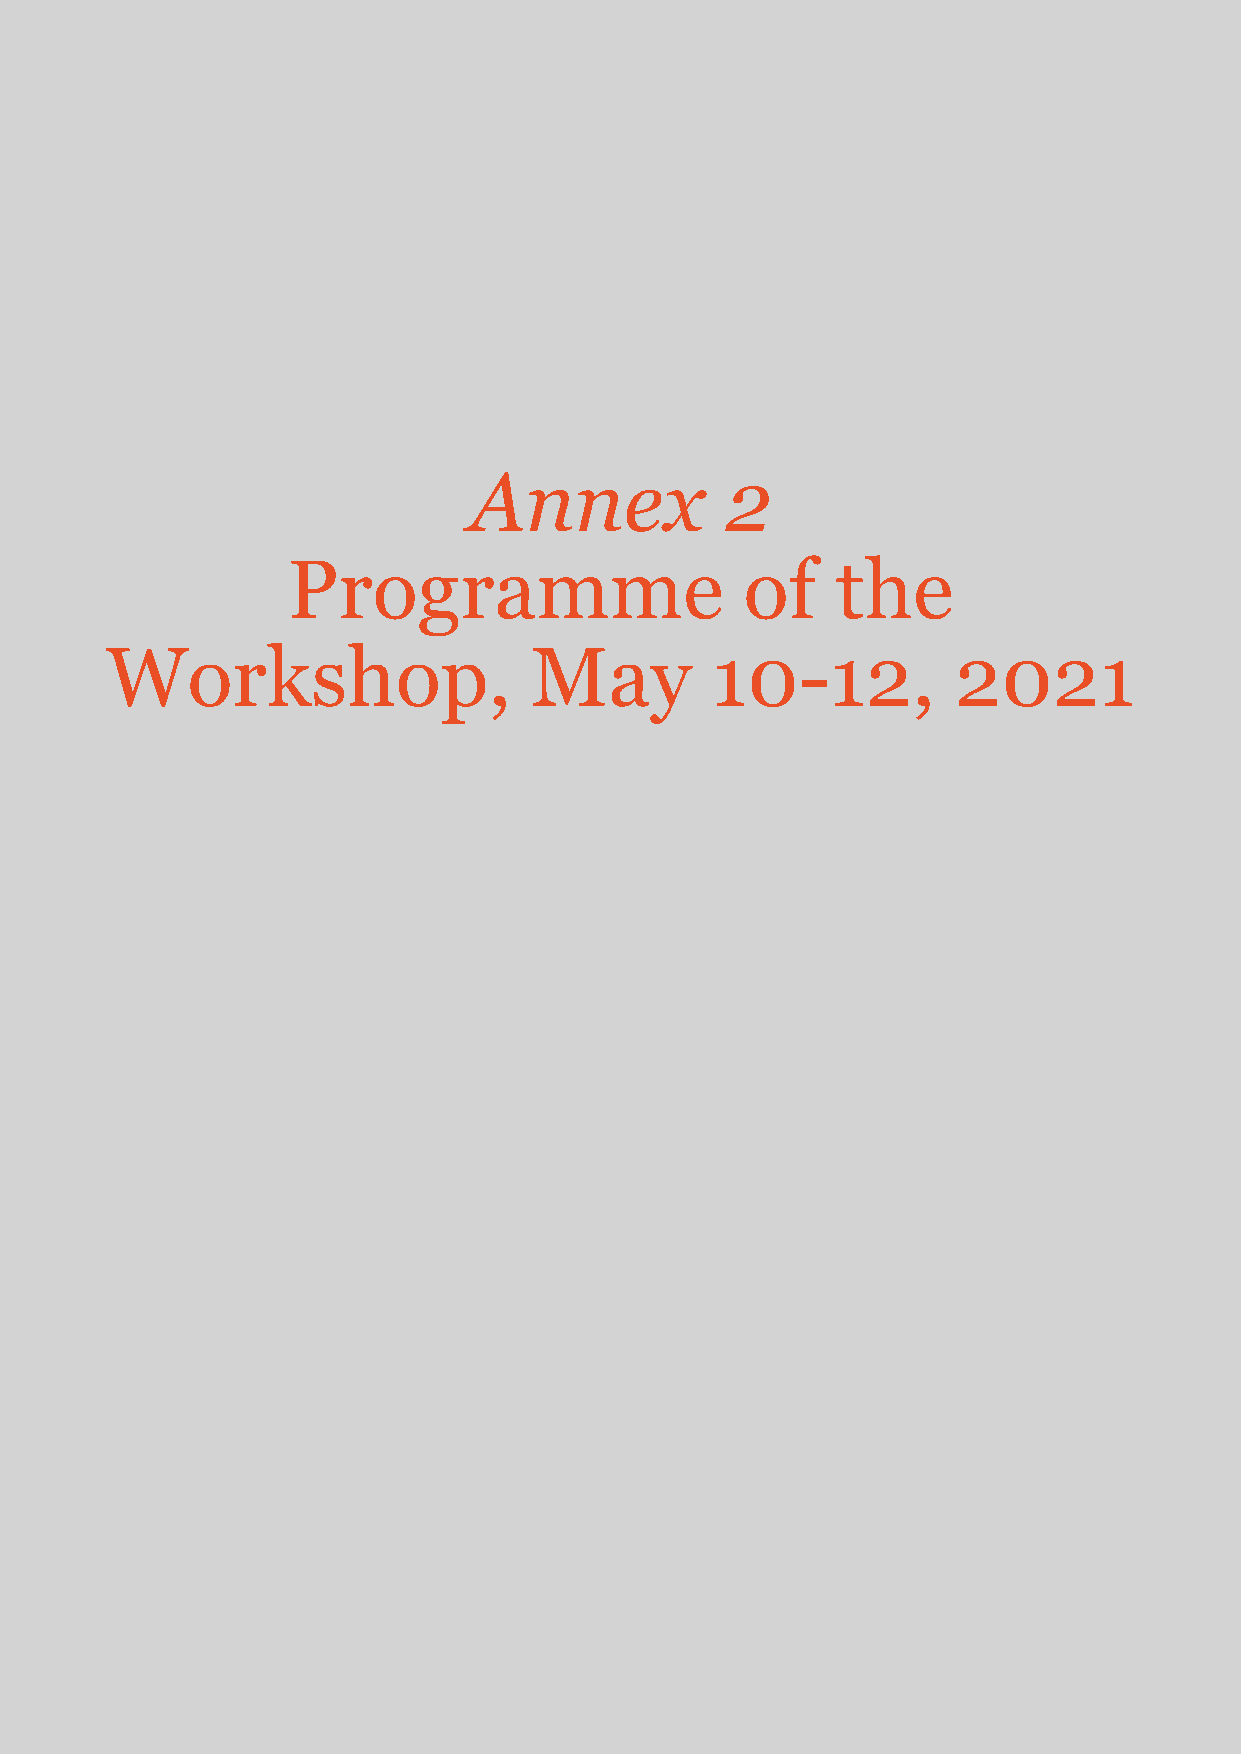
Annex            2
 Programme                     of    the
 Workshop,                   May         10-12,          2021